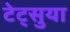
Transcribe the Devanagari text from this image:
टेट्सुया